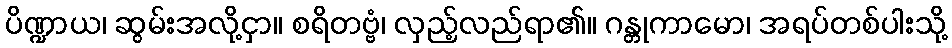
ပိဏ္ဍာယ၊ ဆွမ်းအလို့ငှာ။ စရိတဗ္ဗံ၊ လှည့်လည်ရာ၏။ ဂန္တုကာမော၊ အရပ်တစ်ပါးသို့